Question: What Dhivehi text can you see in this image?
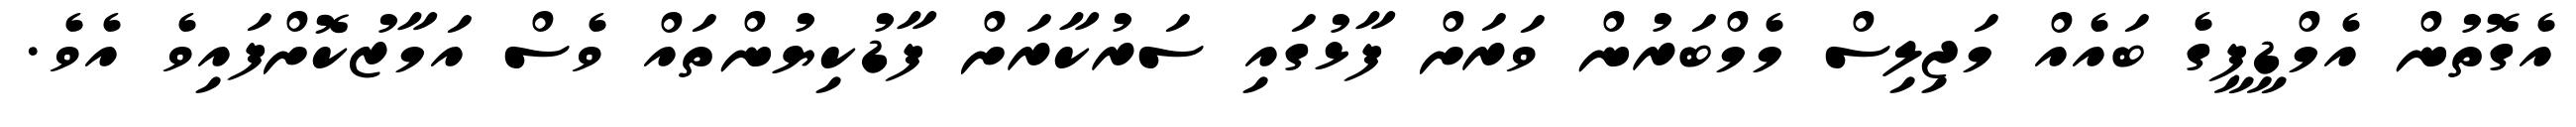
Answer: އެގޮތުން އެމްޑީޕީގެ ބައެއް މަޖިލިސް މެމްބަރުން ވަރަށް ފާޅުގައި ސަރުކާރަށް ފާޑުކިޔުންތައް ވެސް އަމާޒުކޮށްފައިވެ އެވެ.